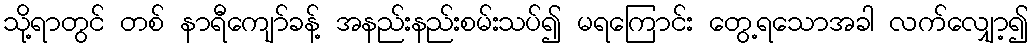
သို့ရာတွင် တစ် နာရီကျော်ခန့် အနည်းနည်းစမ်းသပ်၍ မရကြောင်း တွေ့ရသောအခါ လက်လျှော့၍